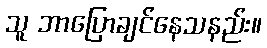
သူ ဘာပြောချင်နေသနည်း။